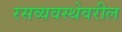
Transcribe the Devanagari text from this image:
रसव्यवस्थेवरील